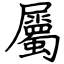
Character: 屬